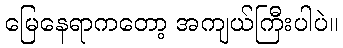
မြေနေရာကတော့ အကျယ်ကြီးပါပဲ။